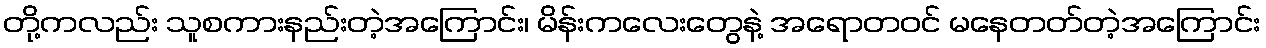
တို့ကလည်း သူစကားနည်းတဲ့အကြောင်း၊ မိန်းကလေးတွေနဲ့ အရောတဝင် မနေတတ်တဲ့အကြောင်း